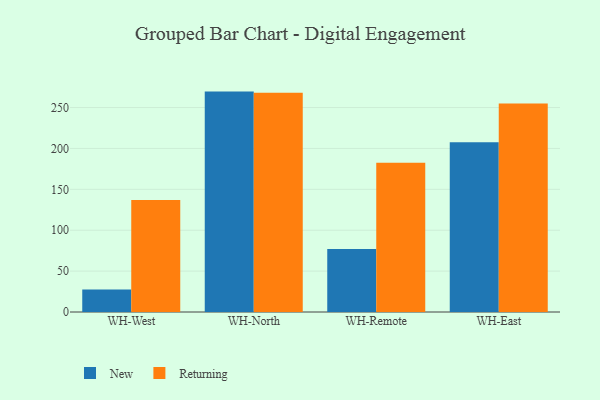
{"axis": {"x": "Warehouse", "y": "Population (Million)"}, "legend": ["New", "Returning"], "data": [{"x": "WH-West", "y": 27.4, "type": "New"}, {"x": "WH-West", "y": 136.8, "type": "Returning"}, {"x": "WH-North", "y": 269.5, "type": "New"}, {"x": "WH-North", "y": 268.1, "type": "Returning"}, {"x": "WH-Remote", "y": 77.0, "type": "New"}, {"x": "WH-Remote", "y": 182.5, "type": "Returning"}, {"x": "WH-East", "y": 207.6, "type": "New"}, {"x": "WH-East", "y": 255.1, "type": "Returning"}]}